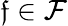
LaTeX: \mathfrak{f}\in\mathcal{F}